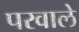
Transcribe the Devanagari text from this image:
परवाले